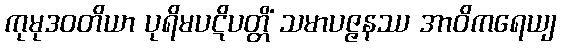
ကုမုဒဝတိယာ ပုရိမပဋိပတ္တိံ သမာပဇ္ဇနဿ အာဝိကရေယျ